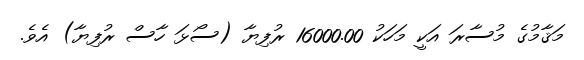
މަޤާމުގެ މުސާރަ އަކީ މަހަކު 16000.00 ރުފިޔާ (ސޯޅަ ހާސް ރުފިޔާ) އެވެ.